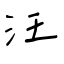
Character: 汪